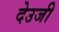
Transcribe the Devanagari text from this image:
देउजी